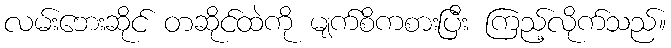
လမ်းဘေးဆိုင် တဆိုင်ထဲကို မျက်စိကစားပြီး ကြည့်လိုက်သည်။